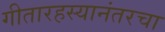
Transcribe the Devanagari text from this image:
गीतारहस्यानंतरचा